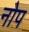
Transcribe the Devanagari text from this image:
नोप